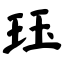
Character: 珏